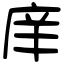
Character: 庠